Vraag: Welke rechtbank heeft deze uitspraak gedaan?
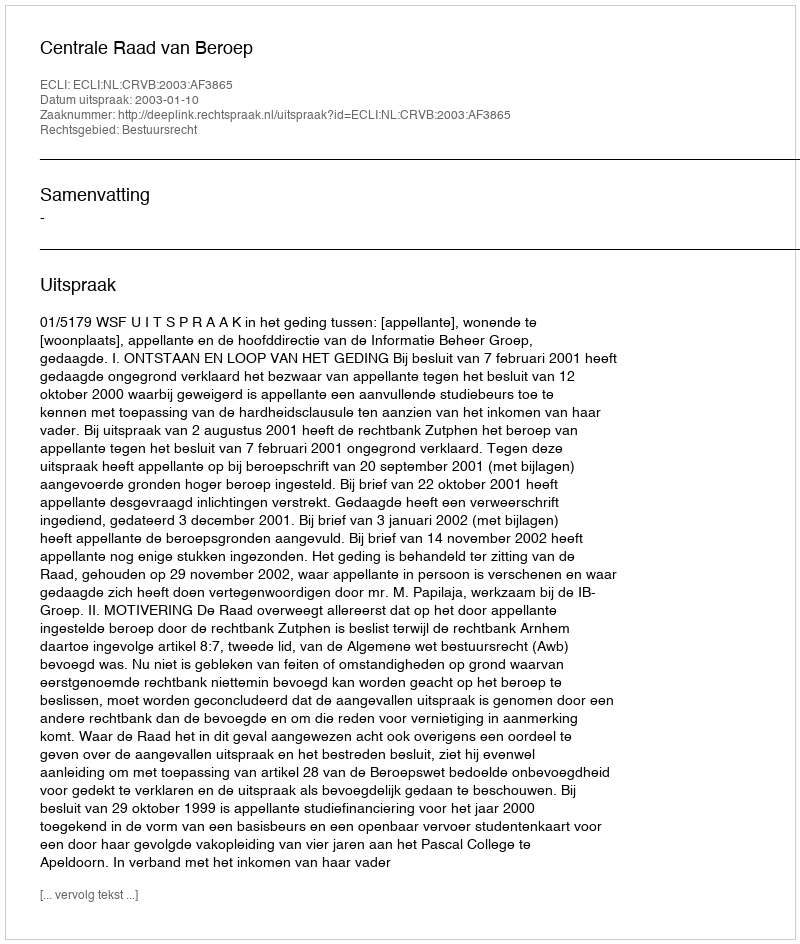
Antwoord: Centrale Raad van Beroep